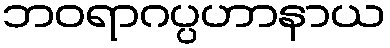
ဘဝရာဂပ္ပဟာနာယ